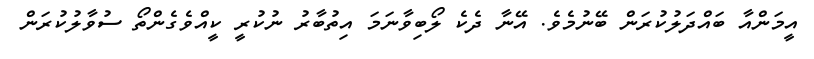
އީމަންއާ ބައްދަލުކުރަން ބޭނުމެވެ. އޭނާ ދެކެ ލޯބިވާނަމަ އިތުބާރު ނުކުރީ ކީއްވެގެންތޯ ސުވާލުކުރަން